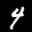
Label: 4